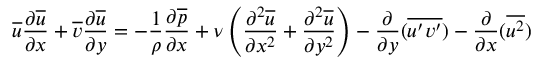
{ \overline { { u } } } { \frac { \partial { \overline { { u } } } } { \partial x } } + { \overline { { v } } } { \frac { \partial { \overline { { u } } } } { \partial y } } = - { \frac { 1 } { \rho } } { \frac { \partial { \overline { { p } } } } { \partial x } } + \nu \left( { \frac { \partial ^ { 2 } { \overline { { u } } } } { \partial x ^ { 2 } } } + { \frac { \partial ^ { 2 } { \overline { { u } } } } { \partial y ^ { 2 } } } \right) - { \frac { \partial } { \partial y } } ( { \overline { { u ^ { \prime } v ^ { \prime } } } } ) - { \frac { \partial } { \partial x } } ( { \overline { { u ^ { 2 } } } } )